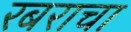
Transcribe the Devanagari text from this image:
रबराचा